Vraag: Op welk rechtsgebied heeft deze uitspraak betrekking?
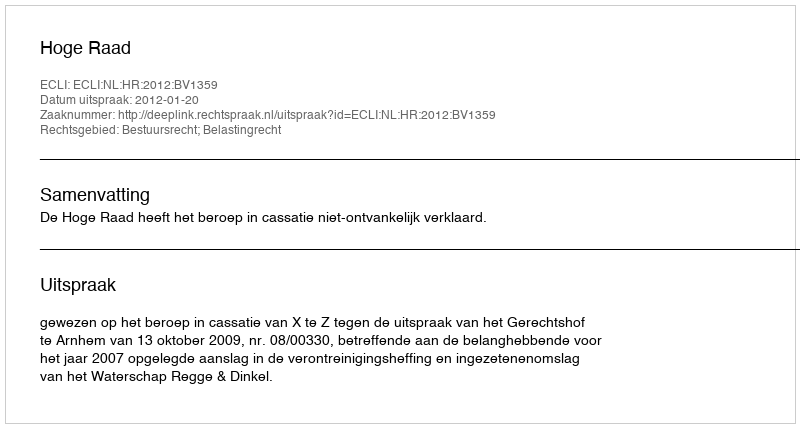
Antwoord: Bestuursrecht; Belastingrecht